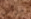
مرلين